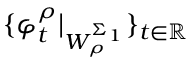
\{ \varphi _ { t } ^ { \rho } \vert _ { W _ { \rho } ^ { \Sigma _ { 1 } } } \} _ { t \in \mathbb { R } }